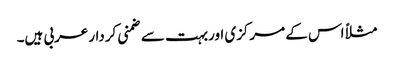
مثلاً اس کے مرکزی اوربہت سے ضمنی کردارعربی ہیں۔